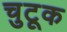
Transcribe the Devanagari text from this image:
चुटूक